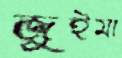
জুইমা